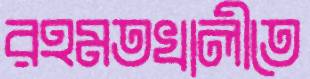
রহমতখালীতে